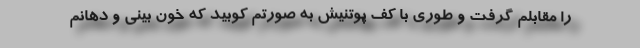
را مقابلم گرفت و طوری با کف پوتنیش به صورتم کوبید که خون بینی و دهانم